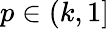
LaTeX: p\in(k,1]